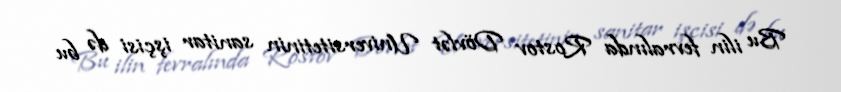
Bu ilin fevralında Rostov Dövlət Universitetinin sanitar işçisi də bu